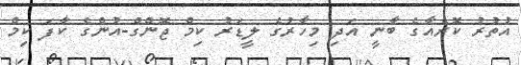
އުތުރު ކޮރެއާގެ ބާނީ އަދި މިހާރުގެ ލީޑަރު ކިމް ޖޮންގް-އުންގެ ކާފަ ކިމް